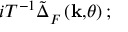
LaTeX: i T ^ { - 1 } \tilde { \Delta } _ { F } ^ { } \left( \mathbf { k , } \theta \right) ;